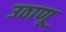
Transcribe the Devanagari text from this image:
उठाणू